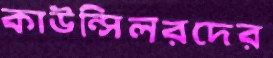
কাউন্সিলরদের